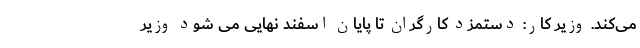
می‌کند. وزیر کار: دستمزد کارگران تا پایان اسفند نهایی می شود وزیر